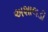
અશાલડી